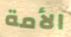
الأمة